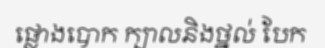
ផ្លោងបោក ក្បាលនិងថ្នល់ បែក